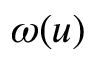
\omega ( u )